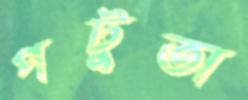
পটুতা